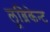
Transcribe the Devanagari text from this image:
लूब्रिकेन्ट